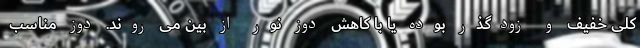
کلی خفیف و زودگذر بوده یا با کاهش دوز نور از بین می روند. دوز مناسب